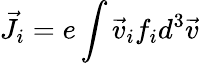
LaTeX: \vec{J}_{i}=e\int\vec{v}_{i}f_{i}d^{3}\vec{v}